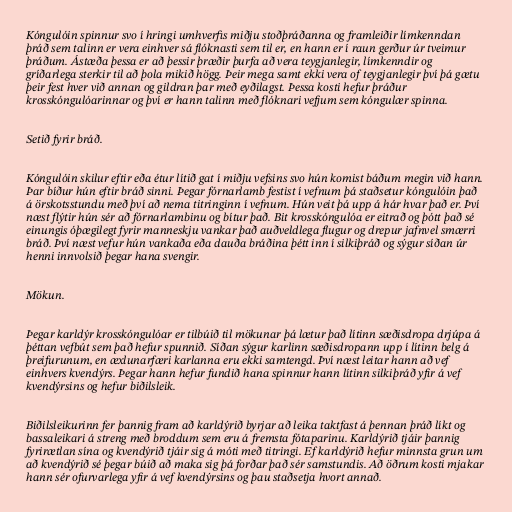
Kóngulóin spinnur svo í hringi umhverfis miðju stoðþráðanna og framleiðir límkenndan
þráð sem talinn er vera einhver sá flóknasti sem til er, en hann er í raun gerður úr tveimur
þráðum. Ástæða þessa er að þessir þræðir þurfa að vera teygjanlegir, límkenndir og
gríðarlega sterkir til að þola mikið högg. Þeir mega samt ekki vera of teygjanlegir því þá gætu
þeir fest hver við annan og gildran þar með eyðilagst. Þessa kosti hefur þráður
krosskóngulóarinnar og því er hann talinn með flóknari vefjum sem kóngulær spinna.

Setið fyrir bráð.

Kóngulóin skilur eftir eða étur lítið gat í miðju vefsins svo hún komist báðum megin við hann.
Þar bíður hún eftir bráð sinni. Þegar fórnarlamb festist í vefnum þá staðsetur kóngulóin það
á örskotsstundu með því að nema titringinn í vefnum. Hún veit þá upp á hár hvar það er. Því
næst flýtir hún sér að fórnarlambinu og bítur það. Bit krosskóngulóa er eitrað og þótt það sé
einungis óþægilegt fyrir manneskju vankar það auðveldlega flugur og drepur jafnvel smærri
bráð. Því næst vefur hún vankaða eða dauða bráðina þétt inn í silkiþráð og sýgur síðan úr
henni innvolsið þegar hana svengir.

Mökun.

Þegar karldýr krosskóngulóar er tilbúið til mökunar þá lætur það lítinn sæðisdropa drjúpa á
þéttan vefbút sem það hefur spunnið. Síðan sýgur karlinn sæðisdropann upp í lítinn belg á
þreifurunum, en æxlunarfæri karlanna eru ekki samtengd. Því næst leitar hann að vef
einhvers kvendýrs. Þegar hann hefur fundið hana spinnur hann lítinn silkiþráð yfir á vef
kvendýrsins og hefur biðilsleik.

Biðilsleikurinn fer þannig fram að karldýrið byrjar að leika taktfast á þennan þráð líkt og
bassaleikari á streng með broddum sem eru á fremsta fótaparinu. Karldýrið tjáir þannig
fyrirætlan sína og kvendýrið tjáir sig á móti með titringi. Ef karldýrið hefur minnsta grun um
að kvendýrið sé þegar búið að maka sig þá forðar það sér samstundis. Að öðrum kosti mjakar
hann sér ofurvarlega yfir á vef kvendýrsins og þau staðsetja hvort annað.